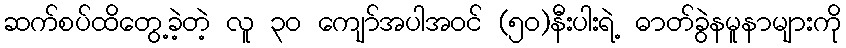
ဆက်စပ်ထိတွေ့ခဲ့တဲ့ လူ ၃၀ ကျော်အပါအဝင် (၅၀)နီးပါးရဲ့ ဓာတ်ခွဲနမူနာများကို